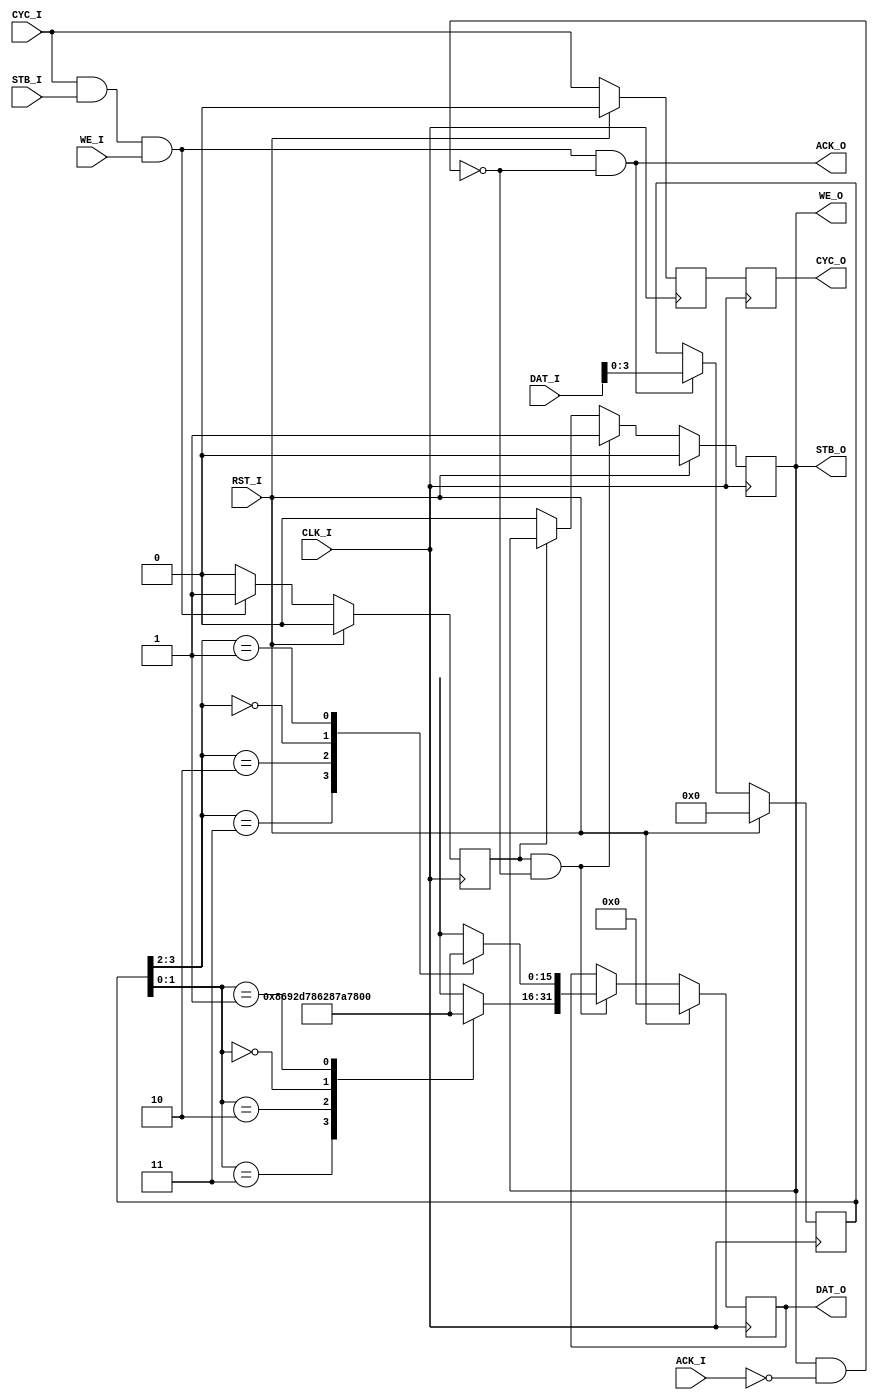
`timescale 1ns / 1ps
//////////////////////////////////////////////////////////////////////////////////
// Company: 
// Engineer: 
// 
// Design Name: 
// Module Name:    QPSK_Mod 
// Project Name: 
// Target Devices: 
// Tool versions: 
// Description: 
//
// Dependencies: 
//
// Revision: 
// Revision 0.01 - File Created
// Additional Comments: 
//
//////////////////////////////////////////////////////////////////////////////////
`define Qn3 16'h8692
`define Qn1 16'hD786
`define Qp1 16'h287A
`define Qp3 16'h796E

module QAM16_Mod(
	input 			CLK_I, RST_I,
	input [5:0] 	DAT_I,
	input 			CYC_I, WE_I, STB_I, 
	output			ACK_O,
	
	output reg [31:0]	DAT_O,
	output reg			CYC_O, STB_O,
	output				WE_O,
	input					ACK_I	
    );

reg [3:0]	idat;
reg			ival;	
wire 			out_halt, ena;

reg [15:0] 	datout_Re, datout_Im;

assign 	out_halt = STB_O & (~ACK_I);
assign 	ena 		= CYC_I & STB_I & WE_I;
assign 	ACK_O 	= ena &(~out_halt);


	
always @(posedge CLK_I) begin
	if(RST_I) 			idat<= 4'b0000;
	else if(ACK_O) 	idat <= DAT_I[3:0];
end

always @(posedge CLK_I) begin
	if(RST_I) 			ival <= 1'b0;
	else if(ena)		ival <= 1'b1;
	else					ival <= 1'b0;
end

always @(posedge CLK_I)
begin
	if(RST_I)	begin
		STB_O <= 1'b0;
		DAT_O <= 32'b0;
		end
	else if(ival & (~out_halt)) begin	
		DAT_O <= {datout_Im, datout_Re};	
		STB_O <= 1'b1;
		end	
	else if(~ival) begin	
		STB_O <= 1'b0;
		end
end

reg icyc;
always @(posedge CLK_I)
begin
	if(RST_I)		icyc <= 1'b0;		
	else				icyc <= CYC_I;	
end
always @(posedge CLK_I)
begin
	if(RST_I)		CYC_O	<= icyc;			
	else 				CYC_O	<= icyc;
end

assign WE_O = STB_O;

always @(*) begin
	case (idat[1:0])
      2'b11  :	datout_Im = `Qn3;
		2'b10  : datout_Im = `Qn1;
		2'b00  : datout_Im = `Qp1;
		2'b01  : datout_Im = `Qp3;
		default: datout_Im = 16'd0;
	endcase
end

always @(*) begin
	case (idat[3:2])
      2'b11  :	datout_Re = `Qn3;
		2'b10  : datout_Re = `Qn1;
		2'b00  : datout_Re = `Qp1;
		2'b01  : datout_Re = `Qp3;
		default: datout_Re = 16'd0;
	endcase
end

endmodule